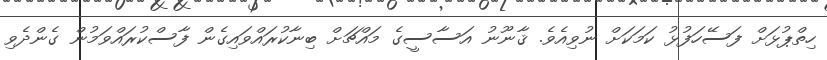
ހިތްޕުޅަށް ފަސޭހަފުޅު ކަމަކަށް ނުވިއެވެ. ޤާނޫނު އަސާސީގެ މައްޗަށް ބިނާކުރައްވައިގެން ފާސްކުރައްވަމުން ގެންދެވި